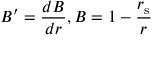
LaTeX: B ^ { \prime } = { \frac { d B } { d r } } , B = 1 - { \frac { r _ { \mathrm { { s } } } } { r } }